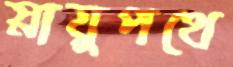
স্নায়ুপথে